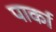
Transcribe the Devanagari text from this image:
पार्का